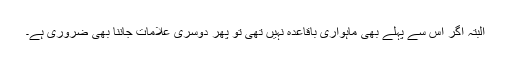
البتہ اگر اس سے پہلے بھی ماہواری باقاعدہ نہیں تھی تو پھر دوسری علامات جاننا بھی ضروری ہے۔